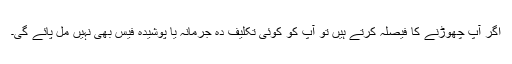
اگر آپ چھوڑنے کا فیصلہ کرتے ہیں تو آپ کو کوئی تکلیف دہ جرمانہ یا پوشیدہ فیس بھی نہیں مل پائے گی۔